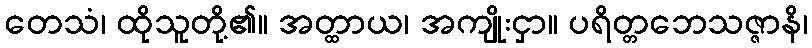
တေသံ၊ ထိုသူတို့၏။ အတ္ထာယ၊ အကျိုးငှာ။ ပရိတ္တဘေသဇ္ဇာနိ၊